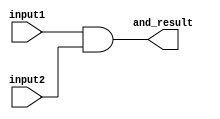
module example_and_gate(input1, input2, and_result);
    input input1;
    input input2;
    output and_result;

    wire and_temp;

    assign and_temp = input1 & input2;

    assign and_result = and_temp;
endmodule